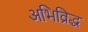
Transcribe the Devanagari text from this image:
अभिव्रिद्ध